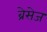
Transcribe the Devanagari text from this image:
ब्रेसेज